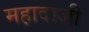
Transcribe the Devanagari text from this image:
महादाजी